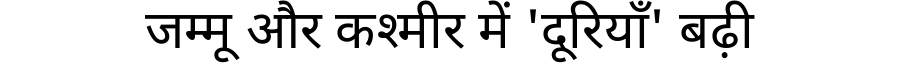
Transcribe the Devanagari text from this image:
जम्मू और कश्मीर में 'दूरियाँ' बढ़ी